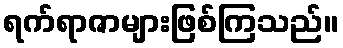
ရက်ရာဇာများဖြစ်ကြသည်။